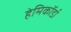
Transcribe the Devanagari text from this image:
हेमिकॉर्डा